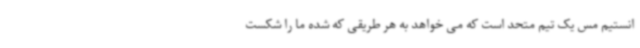
انستیم مس یک تیم متحد است که می خواهد به هر طریقی که شده ما را شکست